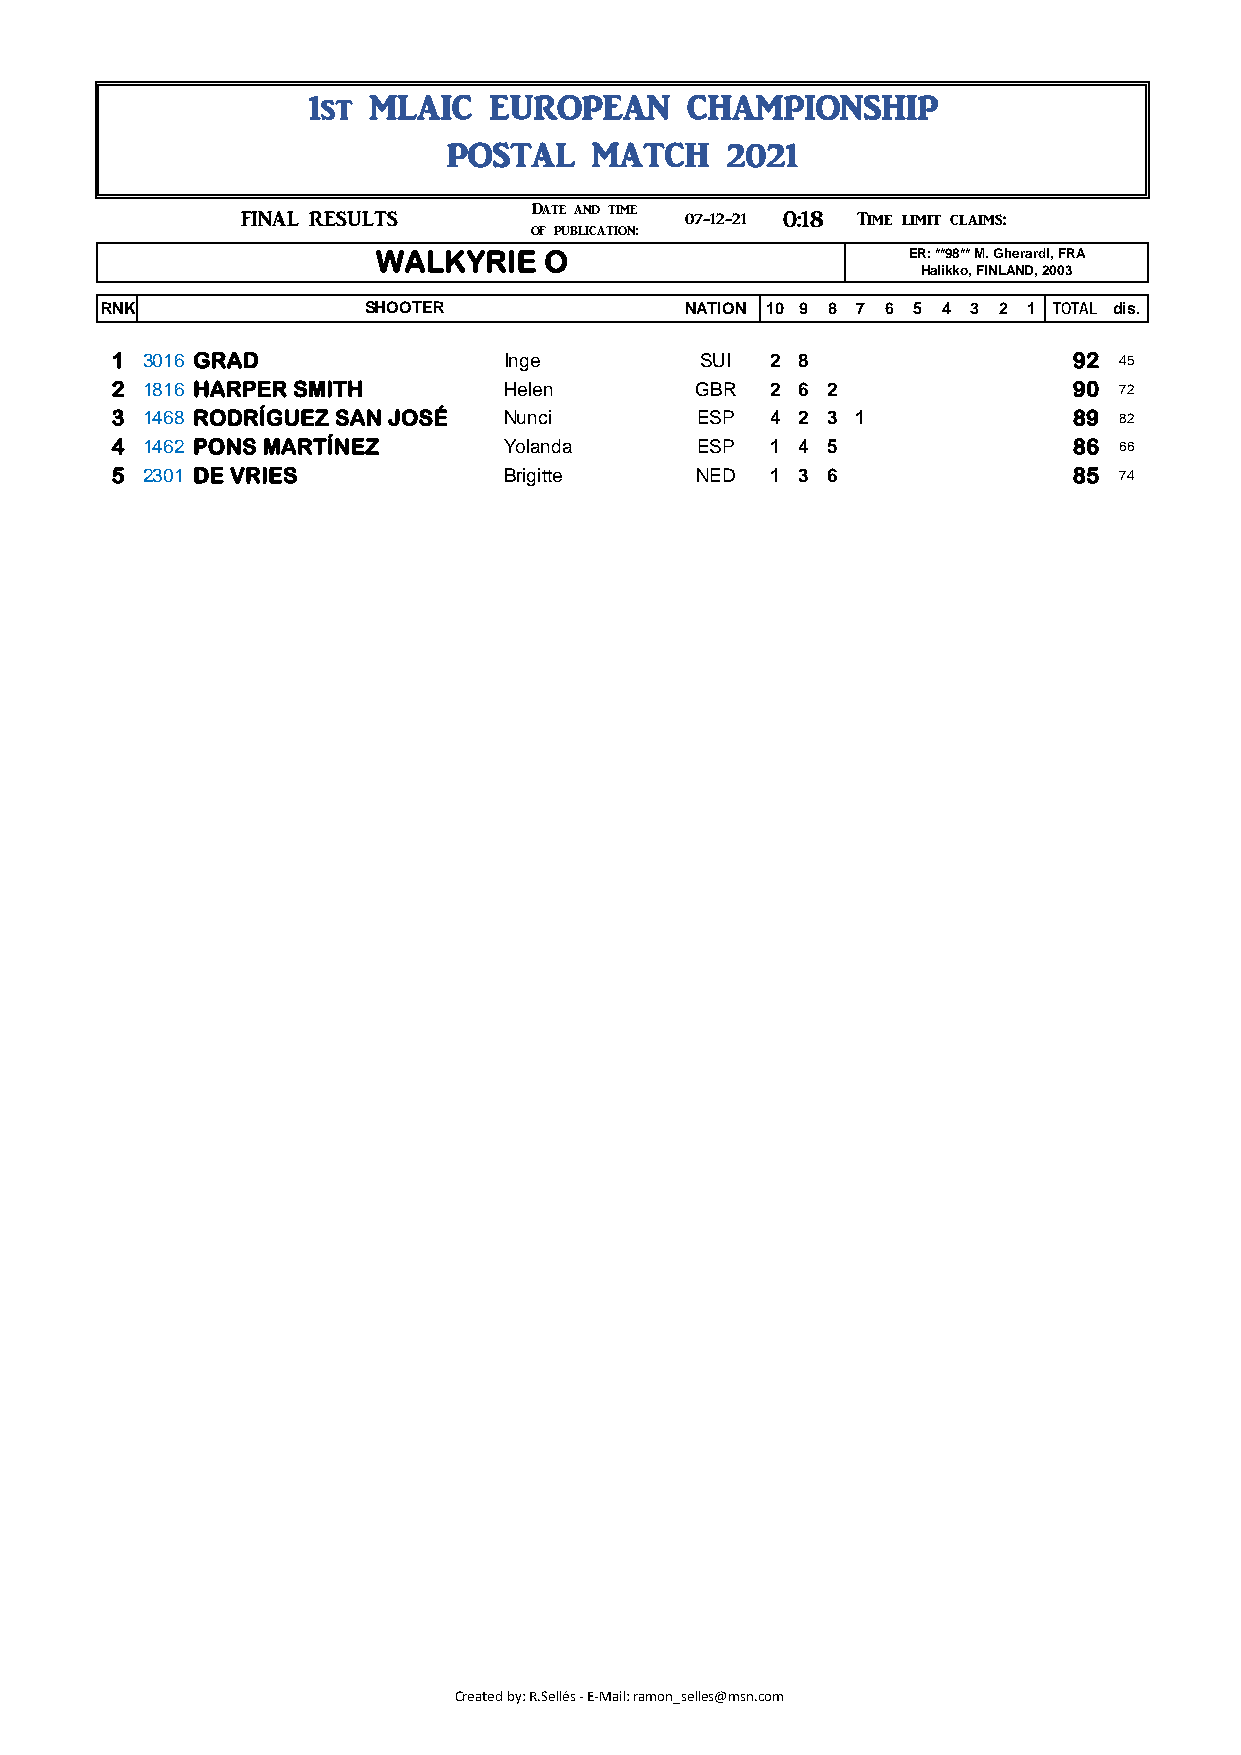
1st MLAIC   EUROPEAN     CHAMPIONSHIP
 POSTAL    MATCH    2021
 ###      FINAL RESULTS      Date and time 07-12-21 0:18 Time limit claims: 1:18
 of publication:                   07-12-21
 WALKYRIE   O                       ER: **98** M. GherardI, FRA
 Halikko, FINLAND, 2003
 RNK               SHOOTER              NATION 10 9 8 7 6 5 4 3 2 1 TOTAL dis.
 1 3016 GRAD               Inge         SUI  2 8                 92 45
 2 1816 HARPER SMITH       Helen        GBR  2 6 2               90 72
 3 1468 RODRÍGUEZ SAN JOSÉ Nunci        ESP  4 2 3 1             89 82
 4 1462 PONS MARTÍNEZ      Yolanda      ESP  1 4 5               86 66
 5 2301 DE VRIES           Brigitte     NED  1 3 6               85 74
 Created by: R.Sellés - E-Mail: ramon_selles@msn.com